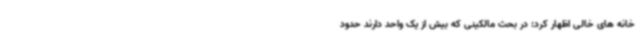
خانه های خالی اظهار کرد: در بحث مالکینی که بیش از یک‌ واحد دارند حدود